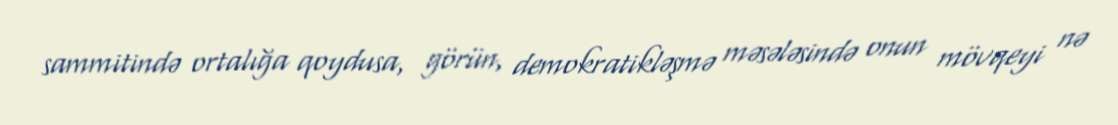
sammitində ortalığa qoydusa, görün, demokratikləşmə məsələsində onun mövqeyi nə